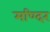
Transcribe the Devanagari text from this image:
मण्दिर